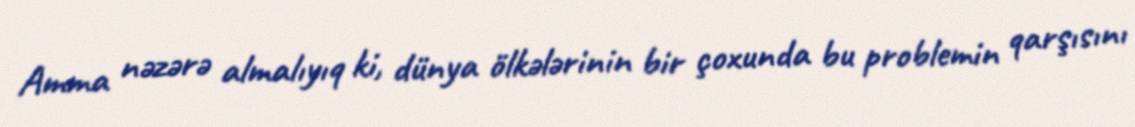
Amma nəzərə almalıyıq ki, dünya ölkələrinin bir çoxunda bu problemin qarşısını